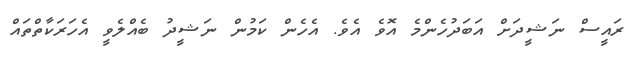
ރައީސް ނަޝީދަށް އަބަދުހެންމެ އޮވެ އެވެ. އެހެން ކަމުން ނަޝީދު ބެއްލެވީ އެހަރަކާތްތައް